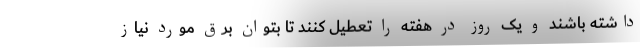
داشته باشند و یک روز در هفته را تعطیل کنند تا بتوان برق مورد نیاز